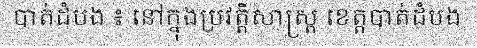
បាត់ដំបង ៖ នៅក្នុងប្រវត្តិសាស្ត្រ ខេត្តបាត់ដំបង